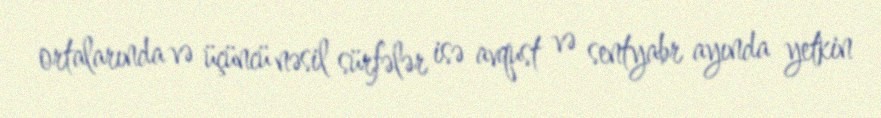
ortalarında və üçüncü nəsil sürfələr isə avqust və sentyabr ayında yetkin